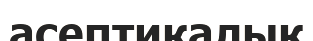
асептикалық